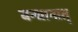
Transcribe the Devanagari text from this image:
बन्धानात्